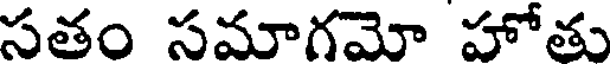
సతం సమాగమో హోతు